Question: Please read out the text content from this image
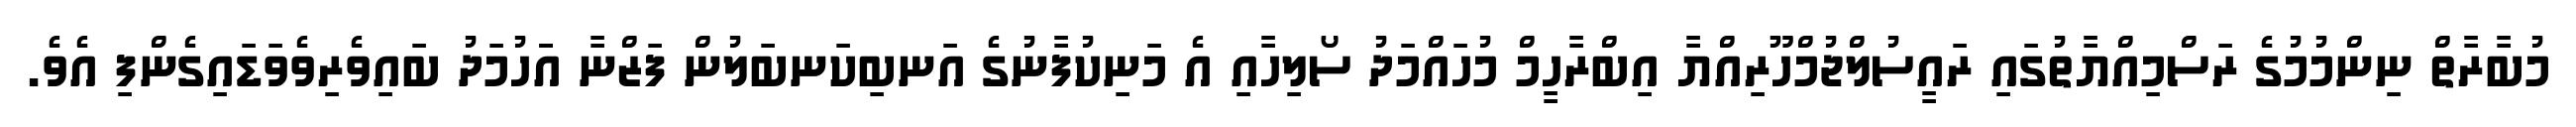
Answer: މުބާރާތް ނިންމުމުގެ ރަސްމިއްޔާތުގައި ރައީސުލްޖުމްހޫރިއްޔާ އިބްރާހީމް މުހައްމަދު ސޯލިހާއި އެ މަނިކުފާނުގެ އަނބިކަނބަލުން ފަޒްނާ އަަހުމަދު ބައިވެރިވެވަޑައިގެންފި އެވެ.